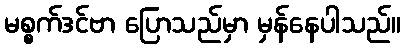
မစ္စက်ဒင်ဗာ ပြောသည်မှာ မှန်နေပါသည်။